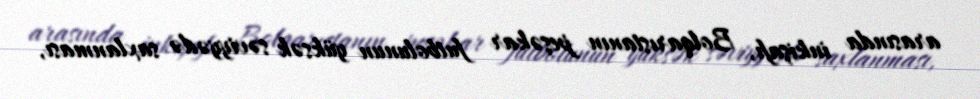
arasında inkişafı, Bolqarıstanın peşəkar futbolunun yüksək səviyyədə saxlanması,